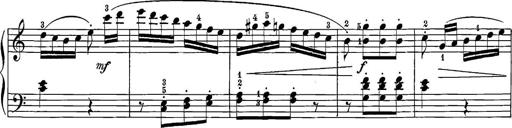
Title: 12 Sonatine per Pianoforte
Composer: Friedrich Kuhlau